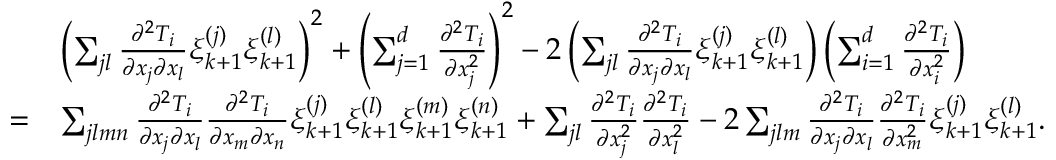
\begin{array} { r l } & { \left( \sum _ { j l } \frac { \partial ^ { 2 } T _ { i } } { \partial x _ { j } \partial x _ { l } } \xi _ { k + 1 } ^ { ( j ) } \xi _ { k + 1 } ^ { ( l ) } \right) ^ { 2 } + \left( \sum _ { j = 1 } ^ { d } \frac { \partial ^ { 2 } T _ { i } } { \partial x _ { j } ^ { 2 } } \right) ^ { 2 } - 2 \left( \sum _ { j l } \frac { \partial ^ { 2 } T _ { i } } { \partial x _ { j } \partial x _ { l } } \xi _ { k + 1 } ^ { ( j ) } \xi _ { k + 1 } ^ { ( l ) } \right) \left( \sum _ { i = 1 } ^ { d } \frac { \partial ^ { 2 } T _ { i } } { \partial x _ { i } ^ { 2 } } \right) } \\ { = } & { \sum _ { j l m n } \frac { \partial ^ { 2 } T _ { i } } { \partial x _ { j } \partial x _ { l } } \frac { \partial ^ { 2 } T _ { i } } { \partial x _ { m } \partial x _ { n } } \xi _ { k + 1 } ^ { ( j ) } \xi _ { k + 1 } ^ { ( l ) } \xi _ { k + 1 } ^ { ( m ) } \xi _ { k + 1 } ^ { ( n ) } + \sum _ { j l } \frac { \partial ^ { 2 } T _ { i } } { \partial x _ { j } ^ { 2 } } \frac { \partial ^ { 2 } T _ { i } } { \partial x _ { l } ^ { 2 } } - 2 \sum _ { j l m } \frac { \partial ^ { 2 } T _ { i } } { \partial x _ { j } \partial x _ { l } } \frac { \partial ^ { 2 } T _ { i } } { \partial x _ { m } ^ { 2 } } \xi _ { k + 1 } ^ { ( j ) } \xi _ { k + 1 } ^ { ( l ) } . } \end{array}